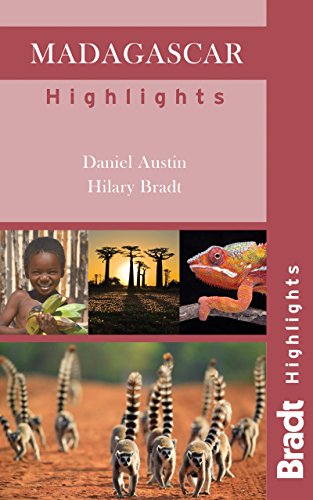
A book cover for Madagascar Highlights (Bradt Travel Guide Madagascar Highlights); Daniel Austin; Travel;